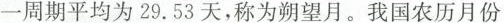
一周期平均为29.53天，称为朔望月。我国农历月份